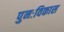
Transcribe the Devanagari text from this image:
पुनःविकास